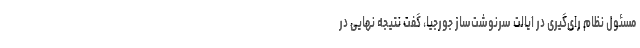
مسئول نظام رای‌گیری در ایالت سرنوشت‌ساز جورجیا، گفت نتیجه نهایی در